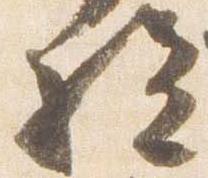
給